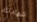
شهادتك